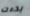
بدءت